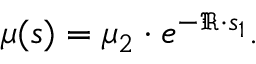
\begin{array} { r } { \mu ( s ) = \mu _ { 2 } \cdot e ^ { - \mathfrak { R } \cdot s _ { 1 } } . } \end{array}